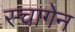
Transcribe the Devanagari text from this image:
स्चागेन